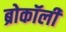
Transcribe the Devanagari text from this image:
ब्रोकॉली